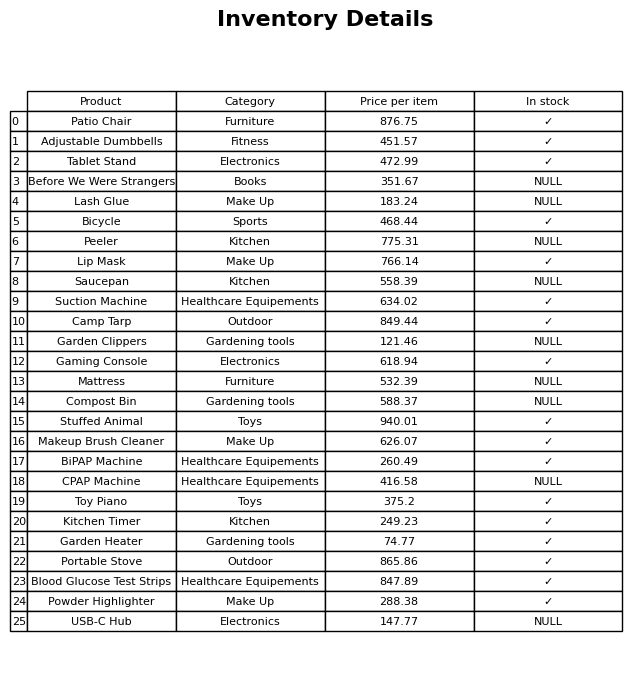
question: What is the stock status of the BiPAP Machine?
answer: ✓